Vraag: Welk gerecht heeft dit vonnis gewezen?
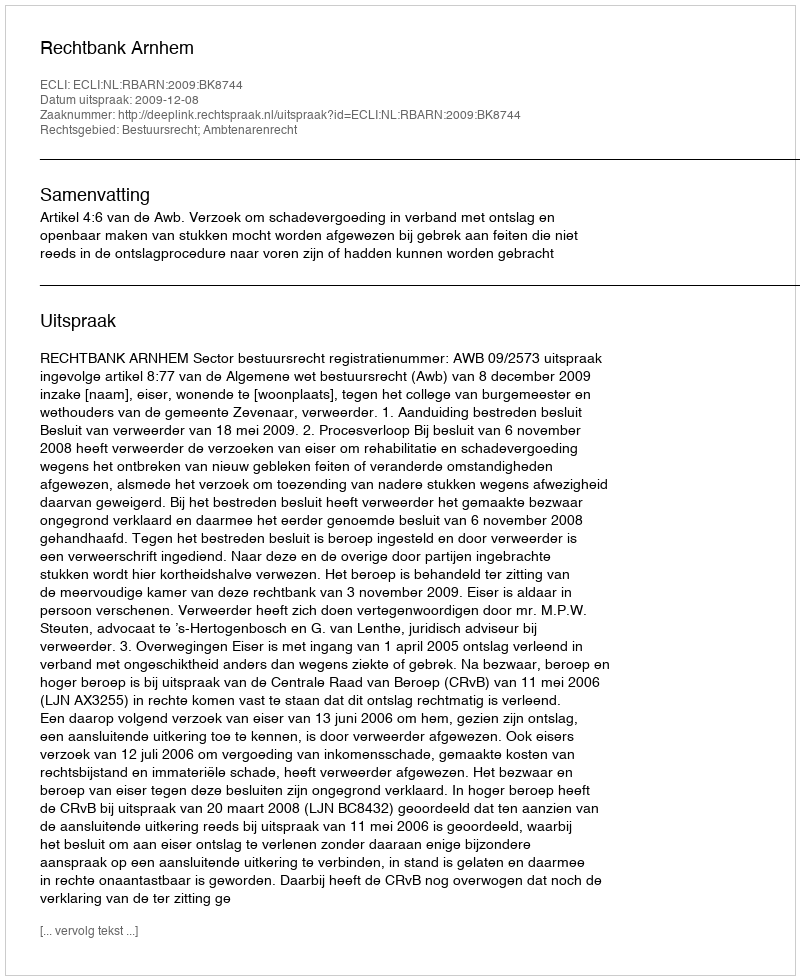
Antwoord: Rechtbank Arnhem